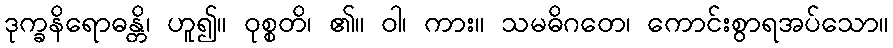
ဒုက္ခနိရောဓန္တိ၊ ဟူ၍။ ဝုစ္စတိ၊ ၏။ ဝါ၊ ကား။ သမဓိဂတေ၊ ကောင်းစွာရအပ်သော။